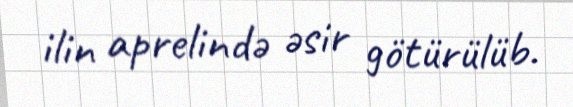
ilin aprelində əsir götürülüb.